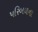
પરિબળના